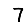
Digit: 7